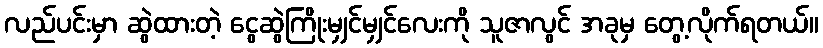
လည်ပင်းမှာ ဆွဲထားတဲ့ ငွေဆွဲကြိုးမျှင်မျှင်လေးကို သူဇာလွင် အခုမှ တွေ့လိုက်ရတယ်။